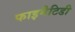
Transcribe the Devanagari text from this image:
फाइमैटिडी